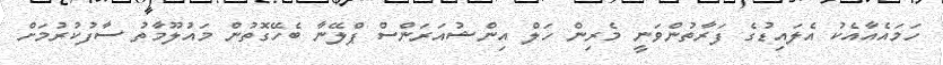
ހަމައެއާއެކު އެލައިޑުގެ ފަރާތުންވަނީ މެރިން ހަލް އިންޝުއަރަންސް ޕްލޭނާ ބެހޭގޮތުން މައުލޫމާތު ސާފުކުރުމަށް